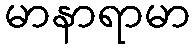
မာနာရာမာ